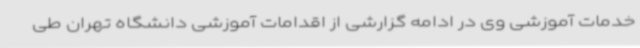
خدمات آموزشی وی در ادامه گزارشی از اقدامات آموزشی دانشگاه تهران طی